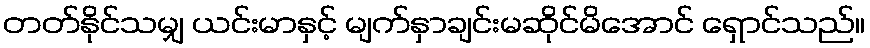
တတ်နိုင်သမျှ ယင်းမာနှင့် မျက်နှာချင်းမဆိုင်မိအောင် ရှောင်သည်။